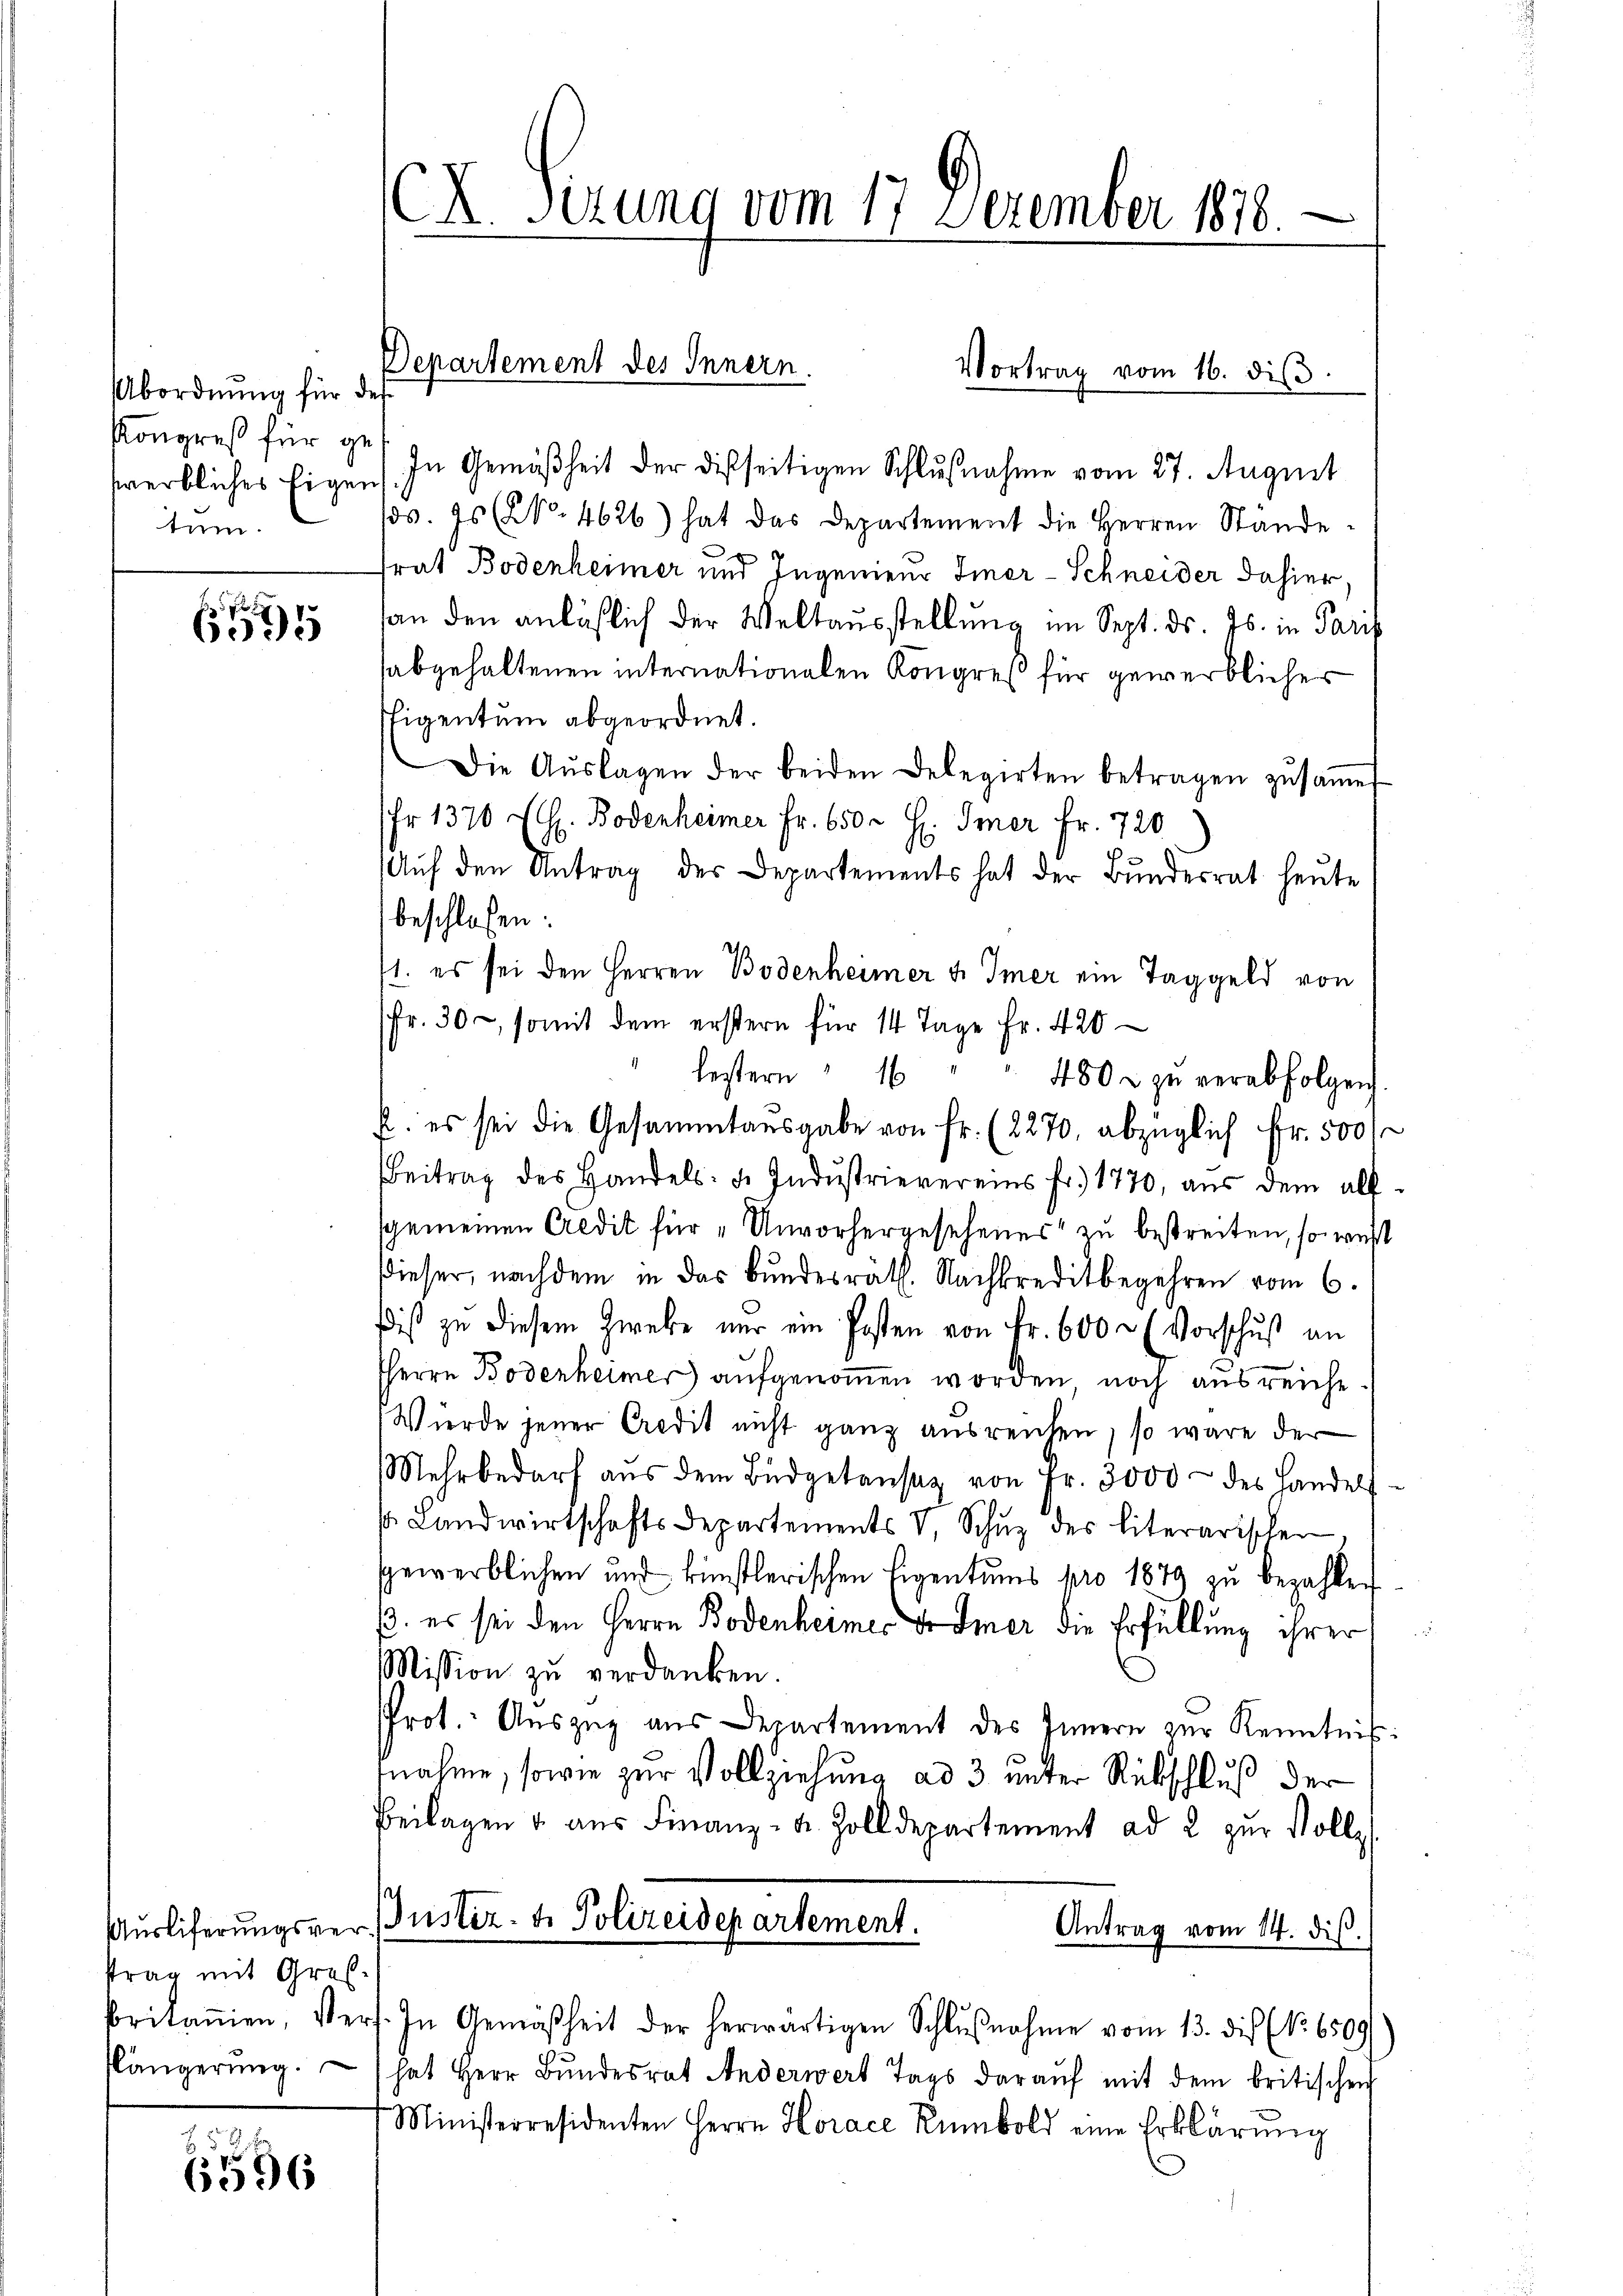
Abordnung für di
Kongreß für ge
tum.

6

strag mit Groß¬
Klängerŭng.

6596

.
A Sirung vom 17. Dezember 1878.

sverbliches Eigens. In Gemäßheit der dießseitigen Schlußnahme vom 27. August
s. Es (NNo. 4626) hat das Departement die Herren Stande
.
rat Bodenheimer und Ingenieur Imer-Schneider dahier.
an den anläßlich der Weltausstellung im Sept. ds. Js. in Parp
sabgehaltenen internationalen Kongreß für gewerblicher
stigentum abgeordnet.
Die Aŭslagen der beiden Delegirten betragen zŭsaṁe
fr 1370 fl. Bodenheimer Fr. 650. H. Imer Fr. 720
Auf den Antrag des Departements hat der Bundesrat heute
beschlossen:
1. es sei den Herren Bodenheimer u. Immer ein Taggeld von
fr. 30, somit dem erstern für 14 Tage Fr. 420
lestern 16
480 zu verabfolgen
u. es sei die Gesammtausgabe von fr. (2270, abzüglich Fr. 500 f
Beitrag des Handels- u. Indŭstrievereins fr. 1770, aŭs dem all
sgemeinen Credit für „Unvorhergesehenes“ zu bestreiten, so wir
Dieser, nachdem in das Bundesräth. Nachkreditbegehren vom 6.
diß zu diesem Zwebe nur ein Posten von Fr. 600 r (Vorschuß an
HHerrn Bodenheimer aufgenommen worden noch ausreiche.
Würde jener Credit nicht ganz ausreichen, so wäre der
Mehrbedarf aŭs dem Büdgetansaz von Fr. 3000 des Landels
s. Landwirtschaftsdepartements V. Schŭz des literarischen
spewerblichen und künstlerischen Eigentums pro 1879 zŭ bezahlen
. es sei den Herrn Bodenheimer mer die Erfüllung ihrer
Mission zŭ verdanken.
Prot. Auszug aus Departement des Innern zur Kenntnis
fnahme, sowie zur Vollziehung ad 3 unter Rückschluß der
Beilagen u. aŭs Finanz- u. Zolldepartement ad 2 zur Vollz
Aŭsliferŭngsver- Justiz- u. Polizeidepartement.
Antrag vom 14. diβ.
britanien, Vers. In Gemäßheit der herwärtigen Schlŭβnahme vom 13. die No. 6509/
hat Herr Bŭndesrat Anderwert Tags darauf mit dem britischen
Ministerresidenten Herrn Horace Rumbold eine Erklärung

Departement des Innern.
Vortrag vom 16. diβ
s